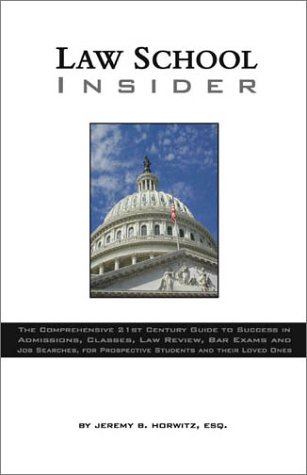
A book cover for Law School Insider: The Comprehensive 21st Century Guide to Success in Admissions, Classes, Law Review, Bar Exams and Job Searches, for Prospective Students and Their Loved Ones; Jeremy B. Horwitz; Test Preparation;